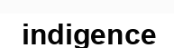
indigence